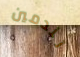
تندمين